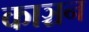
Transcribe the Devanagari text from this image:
काञ्चन